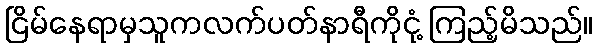
ငြိမ်နေရာမှသူကလက်ပတ်နာရီကိုငုံ့ ကြည့်မိသည်။